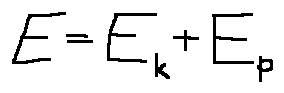
E = E _ { k } + E _ { p }